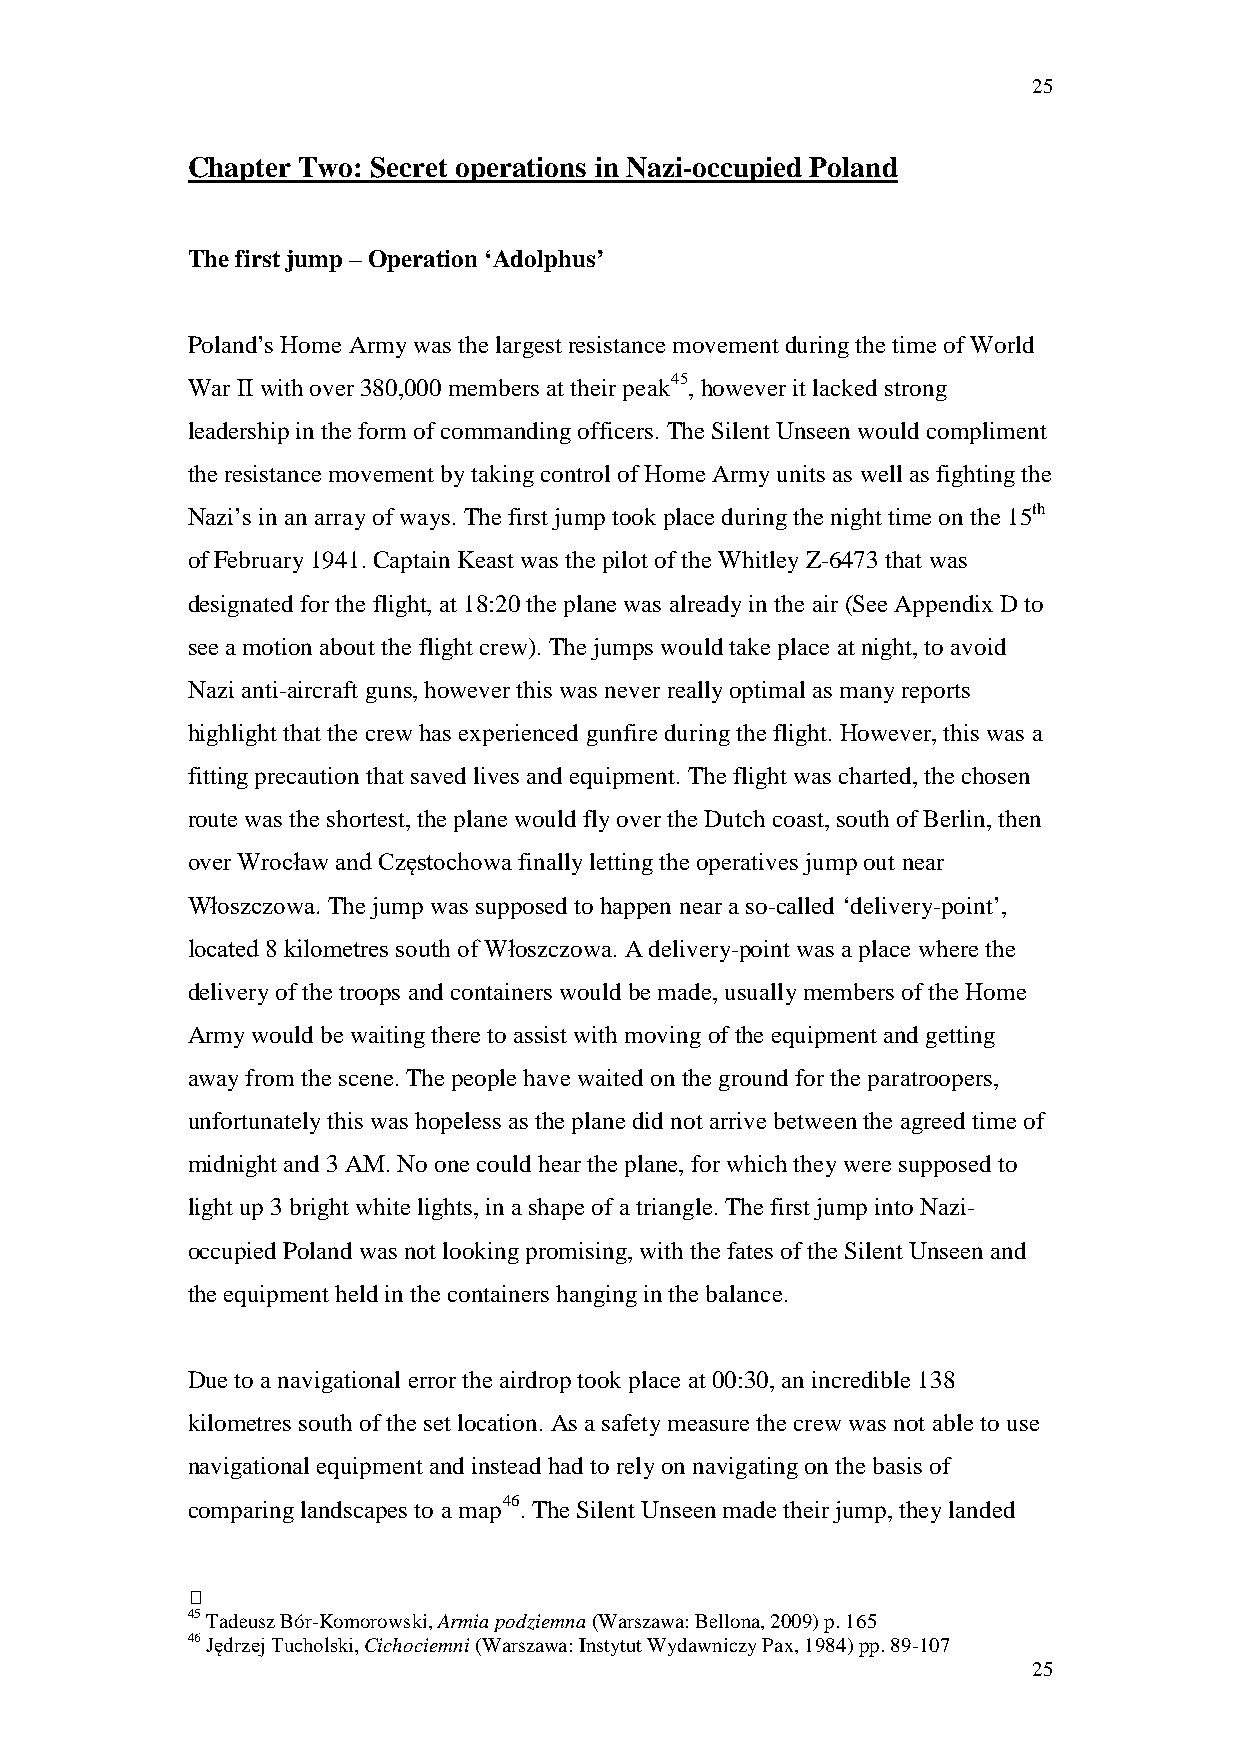
25
 Chapter Two: Secret operations in Nazi-occupied Poland
 The first jump – Operation ‘Adolphus’
 Poland’s Home Army was the largest resistance movement during the time of World
 War II with over 380,000 members at their peak45, however it lacked strong
 leadership in the form of commanding officers. The Silent Unseen would compliment
 the resistance movement by taking control of Home Army units as well as fighting the
 Nazi’s in an array of ways. The first jump took place during the night time on the 15th
 of February 1941. Captain Keast was the pilot of the Whitley Z-6473 that was
 designated for the flight, at 18:20 the plane was already in the air (See Appendix D to
 see a motion about the flight crew). The jumps would take place at night, to avoid
 Nazi anti-aircraft guns, however this was never really optimal as many reports
 highlight that the crew has experienced gunfire during the flight. However, this was a
 fitting precaution that saved lives and equipment. The flight was charted, the chosen
 route was the shortest, the plane would fly over the Dutch coast, south of Berlin, then
 over Wrocław and Częstochowa finally letting the operatives jump out near
 Włoszczowa. The jump was supposed to happen near a so-called ‘delivery-point’,
 located 8 kilometres south of Włoszczowa. A delivery-point was a place where the
 delivery of the troops and containers would be made, usually members of the Home
 Army would be waiting there to assist with moving of the equipment and getting
 away from the scene. The people have waited on the ground for the paratroopers,
 unfortunately this was hopeless as the plane did not arrive between the agreed time of
 midnight and 3 AM. No one could hear the plane, for which they were supposed to
 light up 3 bright white lights, in a shape of a triangle. The first jump into Nazi-
 occupied Poland was not looking promising, with the fates of the Silent Unseen and
 the equipment held in the containers hanging in the balance.
 Due to a navigational error the airdrop took place at 00:30, an incredible 138
 kilometres south of the set location. As a safety measure the crew was not able to use
 navigational equipment and instead had to rely on navigating on the basis of
 comparing landscapes to a map46. The Silent Unseen made their jump, they landed
 
 45 Tadeusz Bór-Komorowski, Armia podziemna (Warszawa: Bellona, 2009) p. 165
 46 Jędrzej Tucholski, Cichociemni (Warszawa: Instytut Wydawniczy Pax, 1984) pp. 89-107
 25